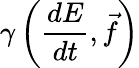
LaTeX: \gamma\left({\frac{dE}{dt}},{\vec{f}}\right)